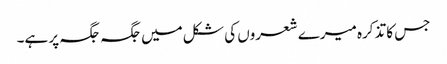
جس کا تذکرہ میرے شعروں کی شکل میں جگہ جگہ پر ہے۔